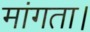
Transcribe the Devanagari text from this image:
मांगता।